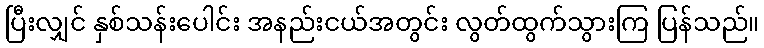
ပြီးလျှင် နှစ်သန်းပေါင်း အနည်းငယ်အတွင်း လွတ်ထွက်သွားကြ ပြန်သည်။